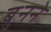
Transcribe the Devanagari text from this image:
बुुनने